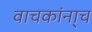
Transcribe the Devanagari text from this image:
वाचकांना्च